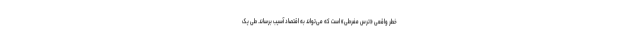
خطر واقعی «ترس مفرطی» است که می‌تواند به اقتصاد آسیب برساند. طیّ یک